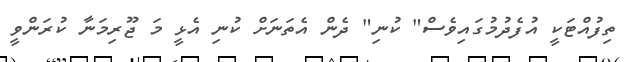
ތިފުއްޓަކީ އުފެދުމުގައިވެސް" ކުނި" ދެން އެތަނަށް ކުނި އެޅީ މަ ޖޫރިމަނާ ކުރަންވީ